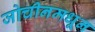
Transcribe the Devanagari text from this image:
जोचीनमधून